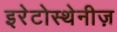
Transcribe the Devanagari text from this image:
इरेटोस्थेनीज़